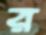
র